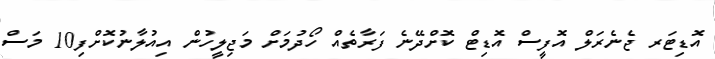
އޮޑިޓަރ ޖެނެރަލް އޮފީސް އޮޑިޓް ކޮށްދޭނެ ފަރާތެއް ހޯދުމަށް މަޖިލީހުން އިއުލާނުކޮށްފި10 މަސް